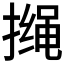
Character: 𱠰